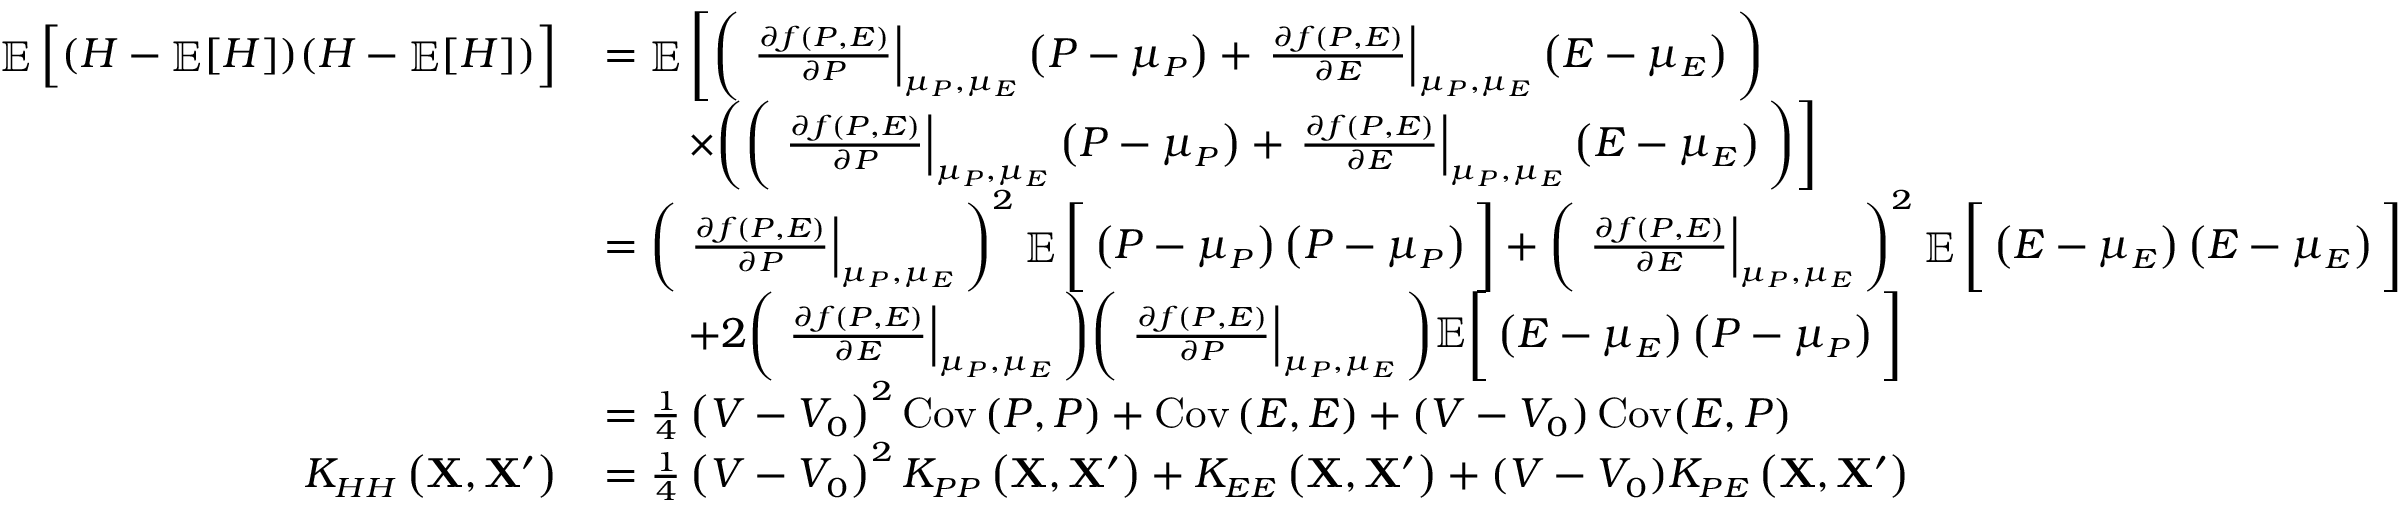
\small \begin{array} { r l } { \mathop { \mathbb { E } } \Big [ ( H - \mathop { \mathbb { E } } [ H ] ) ( H - \mathop { \mathbb { E } } [ H ] ) \Big ] } & { = \mathop { \mathbb { E } } \bigg [ \bigg ( \left. \frac { \partial f \left( P , E \right) } { \partial P } \right| _ { \mu _ { P } , \mu _ { E } } \left( P - \mu _ { P } \right) + \left. \frac { \partial f \left( P , E \right) } { \partial E } \right| _ { \mu _ { P } , \mu _ { E } } \left( E - \mu _ { E } \right) \bigg ) } \\ & { \qquad \times \bigg ( \bigg ( \left. \frac { \partial f \left( P , E \right) } { \partial P } \right| _ { \mu _ { P } , \mu _ { E } } \left( P - \mu _ { P } \right) + \left. \frac { \partial f \left( P , E \right) } { \partial E } \right| _ { \mu _ { P } , \mu _ { E } } \left( E - \mu _ { E } \right) \bigg ) \bigg ] } \\ & { = \bigg ( \left. \frac { \partial f \left( P , E \right) } { \partial P } \right| _ { \mu _ { P } , \mu _ { E } } \bigg ) ^ { 2 } \mathop { \mathbb { E } } \bigg [ \left( P - \mu _ { P } \right) \left( P - \mu _ { P } \right) \bigg ] + \bigg ( \left. \frac { \partial f \left( P , E \right) } { \partial E } \right| _ { \mu _ { P } , \mu _ { E } } \bigg ) ^ { 2 } \mathop { \mathbb { E } } \bigg [ \left( E - \mu _ { E } \right) \left( E - \mu _ { E } \right) \bigg ] } \\ & { \qquad + 2 \bigg ( \left. \frac { \partial f \left( P , E \right) } { \partial E } \right| _ { \mu _ { P } , \mu _ { E } } \bigg ) \bigg ( \left. \frac { \partial f \left( P , E \right) } { \partial P } \right| _ { \mu _ { P } , \mu _ { E } } \bigg ) \mathbb { E } \bigg [ \left( E - \mu _ { E } \right) \left( P - \mu _ { P } \right) \bigg ] } \\ & { = \frac { 1 } { 4 } \left( V - V _ { 0 } \right) ^ { 2 } \operatorname { C o v } \left( P , P \right) + \operatorname { C o v } \left( E , E \right) + ( V - V _ { 0 } ) \operatorname { C o v } ( E , P ) } \\ { K _ { H H } \left( \mathbf { X } , \mathbf { X } ^ { \prime } \right) } & { = \frac { 1 } { 4 } \left( V - V _ { 0 } \right) ^ { 2 } K _ { P P } \left( \mathbf { X } , \mathbf { X } ^ { \prime } \right) + K _ { E E } \left( \mathbf { X } , \mathbf { X } ^ { \prime } \right) + ( V - V _ { 0 } ) K _ { P E } \left( \mathbf { X } , \mathbf { X } ^ { \prime } \right) } \end{array}